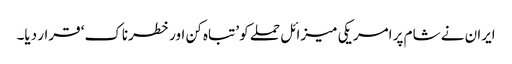
ایران نے شام پر امریکی میزائل حملے کو ’تباہ کن اور خطرناک‘ قرار دیا۔